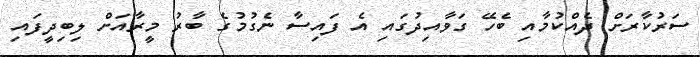
ސަރުކާރަށް ދެއްކުމާއި ބެހޭ ގަވާއިދުގައި އެ ފައިސާ ނެގުމުގެ ބާރު މީރާއަށް ލިބިދީފައި